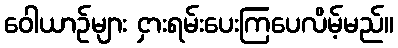
ဝေါယာဉ်များ ငှားရမ်းပေးကြပေလိမ့်မည်။